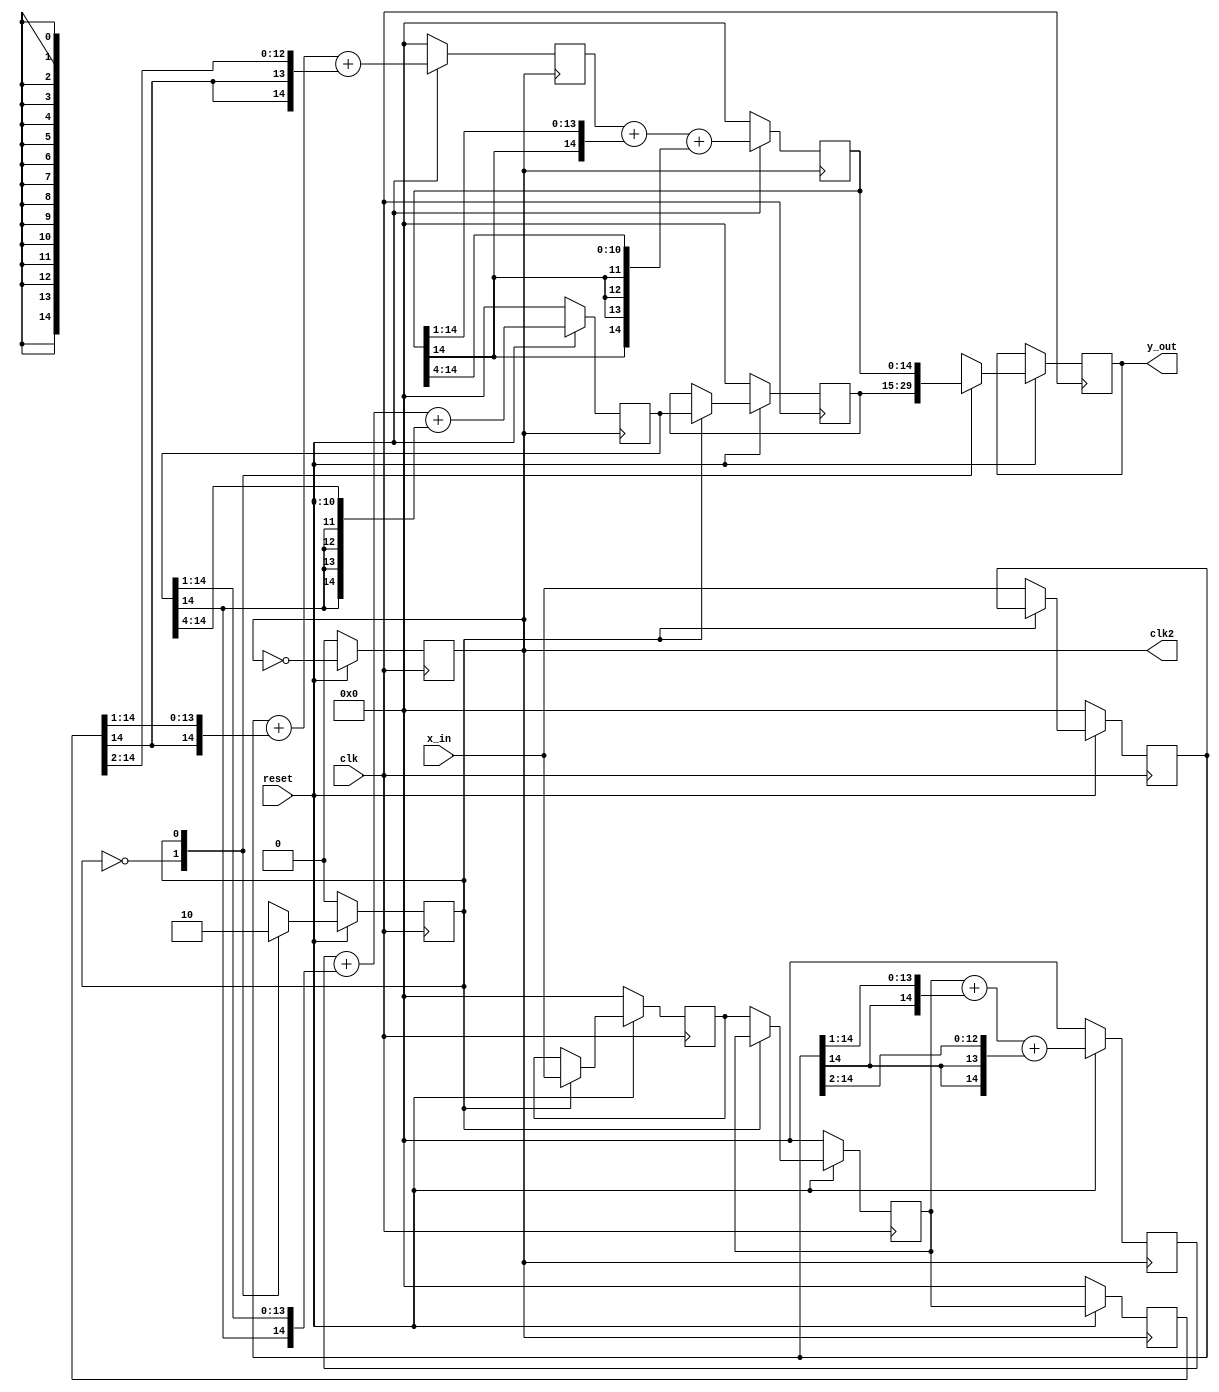
`timescale 1ns / 1ps
//////////////////////////////////////////////////////////////////////////////////
// Company: 
// Engineer: 
// 
// Design Name: 
// Module Name:    iir_par 
// Project Name: 
// Target Devices: 
// Tool versions: 
// Description: 
//
// Dependencies: 
//
// Revision: 
// Revision 0.01 - File Created
// Additional Comments: 
//
//////////////////////////////////////////////////////////////////////////////////
module iir_par (clk, reset, x_in, clk2, y_out); 

  parameter W = 14; //W1
  parameter even=0, odd=1;    
  input          clk;
  input         reset;
  input  [W:0]  x_in;
  output [W:0]  y_out;
  output         clk2;

  reg [W:0] x_even, x_odd, xd_odd, x_wait;
  reg [W:0] y_even, y_odd, y_wait, y;  
//  reg [W:0] x_e, x_o, y_e, y_o;
  reg [W:0] sum_x_even, sum_x_odd;
  reg        clk_div2;
  reg        state;
  
  always @(posedge clk) begin  // 2
     if(!reset)
	     clk_div2 <= 0;
	  else
	     clk_div2 <= ! clk_div2;
  end

  always @(posedge clk)  begin 	// x 
     // clky
	  if(!reset) begin
			state <= even;
			y_wait <= 0;
			x_odd <= 0;
			x_even <= 0;
			x_wait <= 0;
	  end
	  else
		 case (state) 
			even : begin
				 x_even <= x_in; 
				 x_odd <= x_wait;
				 y <= y_wait;
				 state <= odd;
			end
			odd : begin
				x_wait <= x_in;
				y <= y_odd;
				y_wait <= y_even;
				state <= even;
			end
		 endcase
  end

  assign y_out = y;
  assign clk2  = clk_div2;
 
  always @(negedge clk_div2) begin  
    if(!reset) begin
		sum_x_even <= 0;
		sum_x_odd <= 0;
		y_even <= 0;
		y_odd <= 0;
		xd_odd <= 0;
    end
    else begin	 
		 sum_x_even <= x_odd + {x_even[W],x_even[W:1]} 
								  + {x_even[W],x_even[W],x_even[W:2]};
		  //  x_odd + x_even / 2 + x_even /4 
		 y_even <= sum_x_even + {y_even[W],y_even[W:1]} 
										 + {{4{y_even[W]}},y_even[W:4]};
		 //  sum_x_even + y_even / 2 + y_even /16
		 xd_odd <= x_odd;
		 sum_x_odd <= x_even + {xd_odd[W],xd_odd[W:1]} 
								  + {xd_odd[W],xd_odd[W],xd_odd[W:2]};
		 //  x_even + xd_odd / 2 + xd_odd /4
		 y_odd  <= sum_x_odd + {y_odd[W],y_odd[W:1]} 
											+ {{4{y_odd[W]}},y_odd[W:4]};
		 //  sum_x_odd + y_odd / 2 + y_odd / 16
	 end
  end
  
endmodule